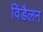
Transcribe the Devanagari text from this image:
विंडैलन